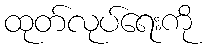
ထုတ်လုပ်ရေးကို